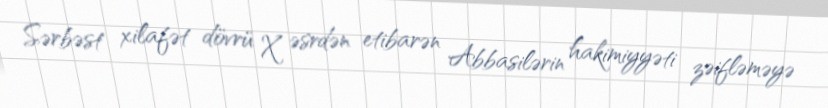
Sərbəst xilafət dövrü X əsrdən etibarən Abbasilərin hakimiyyəti zəifləməyə